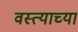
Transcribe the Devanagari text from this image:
वस्त्याच्या